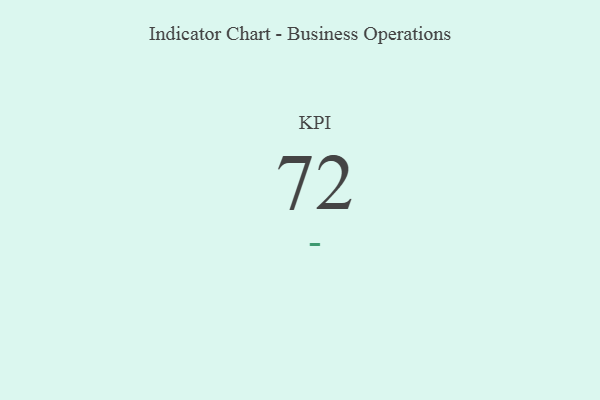
{"axis": {"x": "KPI", "y": "Value"}, "legend": [""], "data": [{"x": "KPI", "y": 72, "type": ""}]}